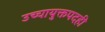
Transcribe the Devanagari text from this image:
उच्चायुक्तपदही